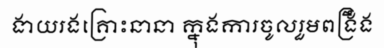
ងាយរងគ្រោះនានា ក្នុងការចូលរួមពង្រឹង